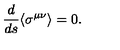
\frac { d } { d s } \langle \sigma ^ { \mu \nu } \rangle = 0 .